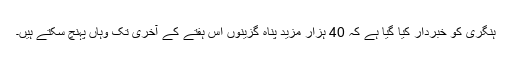
ہنگری کو خبردار کیا گیا ہے کہ 40 ہزار مزید پناہ گزینوں اس ہفتے کے آخری تک وہاں پہنچ سکتے ہیں۔